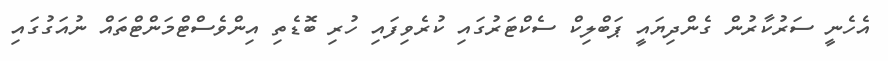
އެހެނީ ސަރުކާރުން ގެންދިޔައީ ޕަބްލިކް ސެކްޓަރުގައި ކުރެވިފައި ހުރި ބޮޑެތި އިންވެސްޓްމަންޓްތައް ނުއަގުގައި